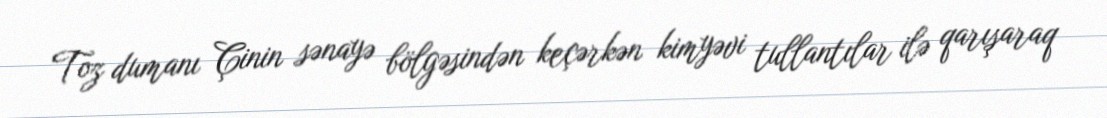
Toz dumanı Çinin sənayə bölgəsindən keçərkən kimyəvi tullantılar ilə qarışaraq